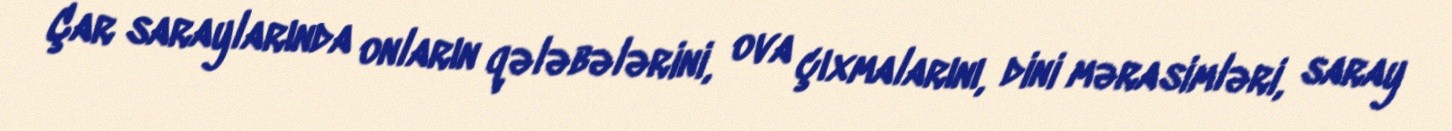
Çar saraylarında onların qələbələrini, ova çıxmalarını, dini mərasimləri, saray